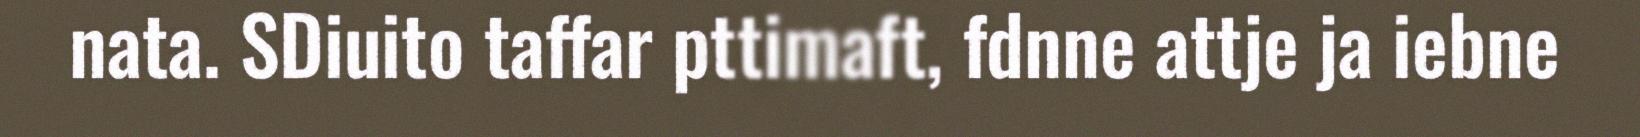
nata. SDiuito taffar pttimaft, fdnne attje ja iebne